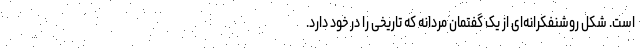
است. شکلِ روشنفکرانه‌ای از یک گفتمان مردانه که تاریخی را در خود دارد.